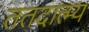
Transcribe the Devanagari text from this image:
ततदात्म्य